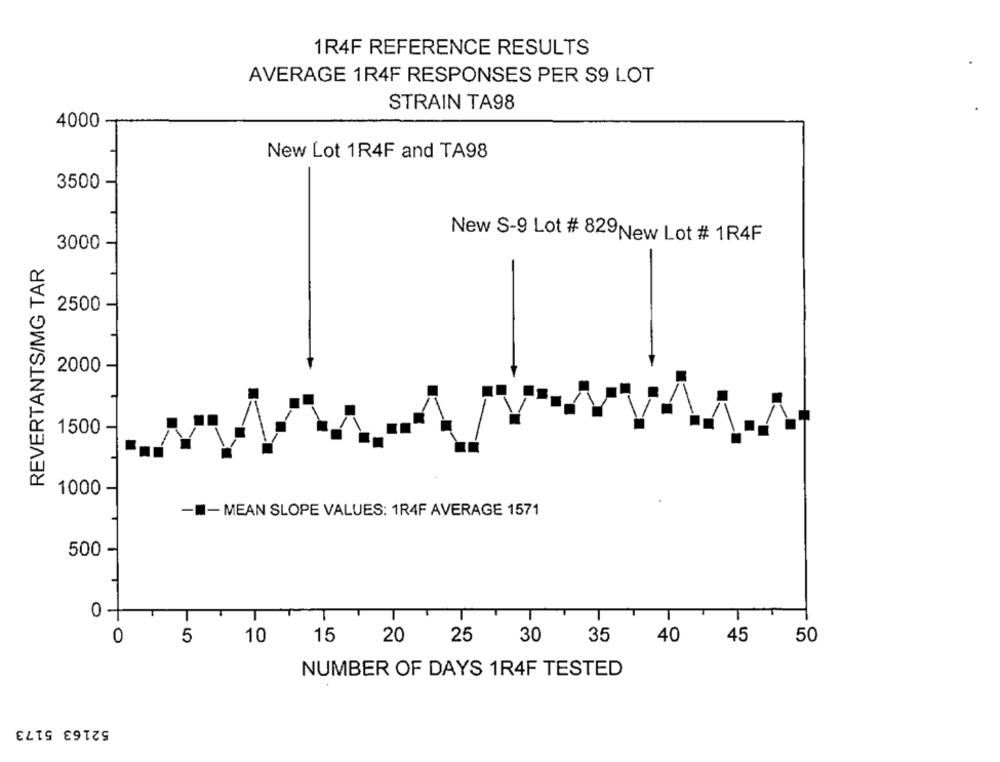
1R4F REFERENCE RESULTS
AVERAGE 1R4F RESPONSES PER S9 LOT
STRAIN TA98
4000
New Lot 1R4F and TA98
3500
New S-9 Lot # 829New Lot # 1R4F
3000
REVERTANTS/MG TAR
2500
2000
1500
1000 -
-- MEAN SLOPE VALUES: 1R4F AVERAGE 1571
500
0
T
T
T
0
5
10
15
20
25
30
35
40
45
50
NUMBER OF DAYS 1R4F TESTED
52163 5173